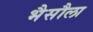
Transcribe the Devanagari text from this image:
भैसौला